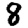
Digit: 8